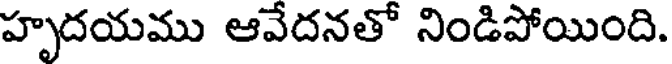
హృదయము ఆవేదనతో నిండిపోయింది.